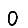
Digit: 0